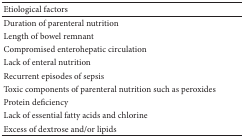
<table><thead><tr><td><b>Etiological factors</b></td><td><b> </b></td></tr></thead><tbody><tr><td>Duration of parenteral nutrition</td><td> </td></tr><tr><td>Length of bowel remnant</td><td> </td></tr><tr><td>Compromised enterohepatic circulation</td><td> </td></tr><tr><td>Lack of enteral nutrition</td><td> </td></tr><tr><td>Recurrent episodes of sepsis</td><td> </td></tr><tr><td>Toxic components of parenteral nutrition such as peroxides</td><td> </td></tr><tr><td>Protein deficiency</td><td> </td></tr><tr><td>Lack of essential fatty acids and chlorine</td><td> </td></tr><tr><td>Excess of dextrose and/or lipids</td><td> </td></tr></tbody></table>